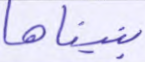
بنيناها